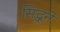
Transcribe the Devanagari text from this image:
सिद्धूने